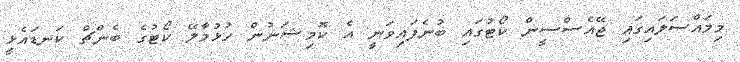
މިމައްސަލައިގައި ޖޭއެސްސީން ކޯޓުގައި ބުނެފައިވަނީ އެ ކޮމިޝަނުން ހުޅުމާލޭ ކޯޓުގެ ބެންޗް ކަނޑައެޅީ